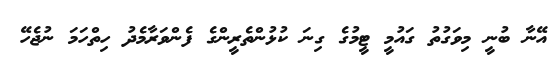
އޭނާ ބުނީ މިވަގުތު ގައުމީ ޓީމުގެ ގިނަ ކުޅުންތެރީންގެ ފެންވަރާމެދު ހިތްހަމަ ނުޖެހޭ